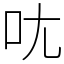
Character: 𫝘